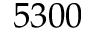
5 3 0 0